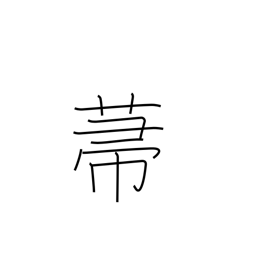
Meaning: broom